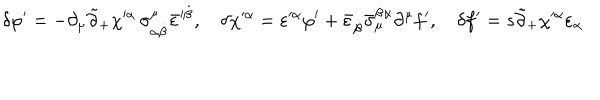
\delta \varphi ^ { \prime } = - \partial _ { \mu } \tilde { \partial } _ { + } \chi ^ { \prime \alpha } \, \sigma _ { \alpha \dot { \beta } } ^ { \mu } \bar { \varepsilon } ^ { \prime \dot { \beta } } , \quad \delta \chi ^ { \prime \alpha } = \varepsilon ^ { \prime \alpha } \varphi ^ { \prime } + \bar { \varepsilon } _ { \dot { \beta } } \bar { \sigma } _ { \mu } ^ { \dot { \beta } \alpha } \partial ^ { \mu } f ^ { \prime } , \quad \delta f ^ { \prime } = s \tilde { \partial } _ { + } \chi ^ { \prime \alpha } \varepsilon _ { \alpha }